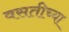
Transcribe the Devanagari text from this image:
वसतीच्या